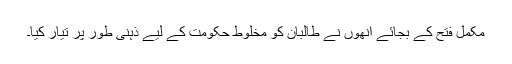
مکمل فتح کے بجائے انھوں نے طالبان کو مخلوط حکومت کے لیے ذہنی طور پر تیار کیا۔